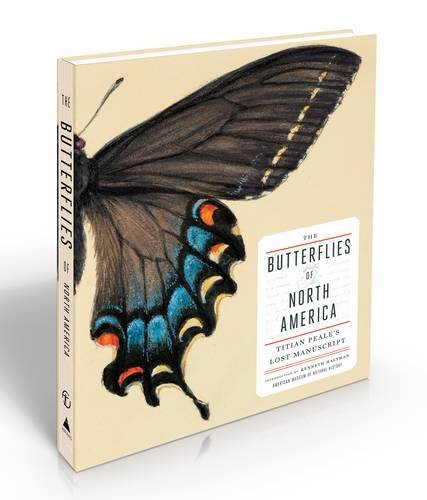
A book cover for The Butterflies of North America: Titian Peale's Lost Manuscript; Kenneth Haltman; Arts & Photography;